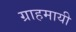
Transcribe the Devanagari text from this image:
ग्राहमायी